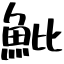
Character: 魮